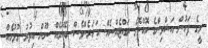
މީގެ ފަހުން އަޝްވިންގެ ކޮއްކޮގެ ރައްޓެއްސެއް. އަހަރެންވެސް ބޭނުމެއް ނޫން އިތުރު ގުޅުމެއް